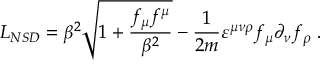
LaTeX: { \cal L } _ { N S D } = \beta ^ { 2 } { \sqrt { 1 + \frac { f _ { \mu } f ^ { \mu } } { \beta ^ { 2 } } } } - \frac 1 { 2 m } \varepsilon ^ { \mu \nu \rho } f _ { \mu } \partial _ { \nu } f _ { \rho } \; .